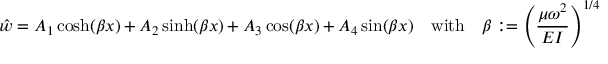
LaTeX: { \hat { w } } = A _ { 1 } \cosh ( \beta x ) + A _ { 2 } \sinh ( \beta x ) + A _ { 3 } \cos ( \beta x ) + A _ { 4 } \sin ( \beta x ) \quad { \mathrm { w i t h } } \quad \beta : = \left( { \frac { \mu \omega ^ { 2 } } { E I } } \right) ^ { 1 / 4 }